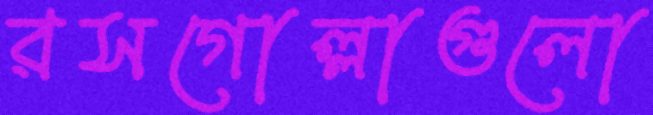
রসগোল্লাগুলো